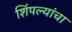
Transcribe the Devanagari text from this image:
शिंपल्यांचा